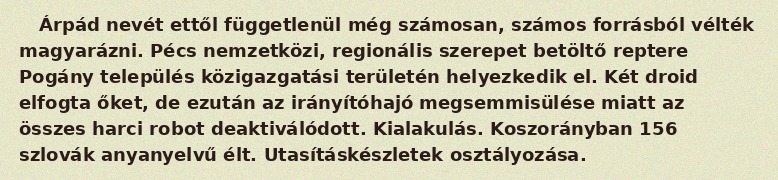
Árpád nevét ettől függetlenül még számosan, számos forrásból vélték magyarázni. Pécs nemzetközi, regionális szerepet betöltő reptere Pogány település közigazgatási területén helyezkedik el. Két droid elfogta őket, de ezután az irányítóhajó megsemmisülése miatt az összes harci robot deaktiválódott. Kialakulás. Koszorányban 156 szlovák anyanyelvű élt. Utasításkészletek osztályozása.